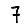
Digit: 7